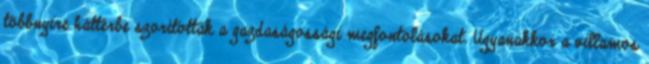
többnyire háttérbe szorították a gazdaságossági megfontolásokat. Ugyanakkor a villamos